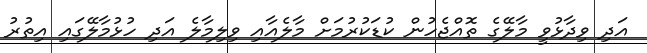
އަދި ވިދާޅުވީ މާލޭގެ ތޮއްޖެހުން ކުޑަކުރުމަށް މާލެއާއި ވިލިމާލެ އަދި ހުޅުމާލޭގައި އިތުރު